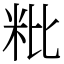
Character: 粃